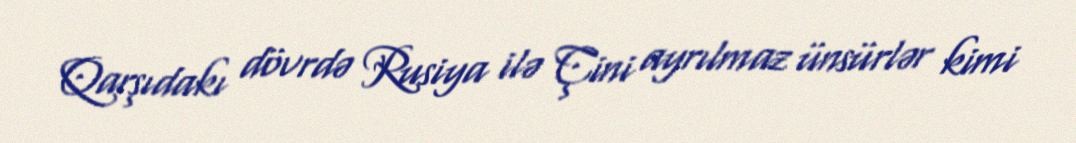
Qarşıdakı dövrdə Rusiya ilə Çini ayrılmaz ünsürlər kimi